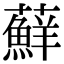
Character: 蘚